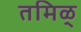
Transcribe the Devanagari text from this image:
तमिळ्